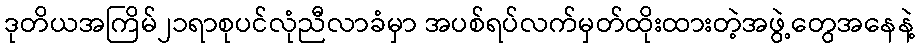
ဒုတိယအကြိမ်၂၁ရာစုပင်လုံညီလာခံမှာ အပစ်ရပ်လက်မှတ်ထိုးထားတဲ့အဖွဲ့တွေအနေနဲ့